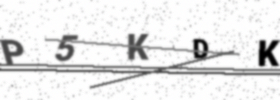
Text: P5KDK